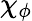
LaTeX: \chi_{\phi}